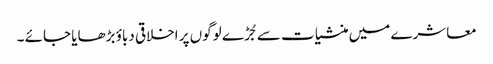
معاشرے میں منشیات سے جُڑے لوگوں پر اخلاقی دباؤ بڑھایا جائے ۔